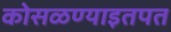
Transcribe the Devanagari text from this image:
कोसळण्याइतपत